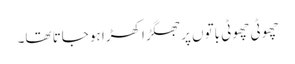
چھوٹی چھوٹی باتوں پر جھگڑا کھڑا ہو جاتا تھا۔